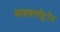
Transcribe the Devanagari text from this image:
साइक्लोट्रोंन